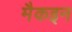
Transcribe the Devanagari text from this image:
मैकइन